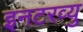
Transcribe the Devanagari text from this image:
इनटरव्यु